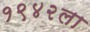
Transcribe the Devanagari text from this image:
१९४२ला